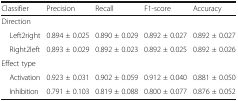
<table><thead><tr><td><b>Classifier</b></td><td><b>Precision</b></td><td><b>Recall</b></td><td><b>F1-score</b></td><td><b>Accuracy</b></td></tr></thead><tbody><tr><td colspan="5">Direction</td></tr><tr><td> Left2right</td><td>0.894 ± 0.025</td><td>0.890 ± 0.029</td><td>0.892 ± 0.027</td><td>0.892 ± 0.027</td></tr><tr><td> Right2left</td><td>0.893 ± 0.029</td><td>0.892 ± 0.023</td><td>0.892 ± 0.025</td><td>0.892 ± 0.026</td></tr><tr><td colspan="5">Effect type</td></tr><tr><td> Activation</td><td>0.923 ± 0.031</td><td>0.902 ± 0.059</td><td>0.912 ± 0.040</td><td>0.881 ± 0.050</td></tr><tr><td> Inhibition</td><td>0.791 ± 0.103</td><td>0.819 ± 0.088</td><td>0.800 ± 0.077</td><td>0.876 ± 0.052</td></tr></tbody></table>